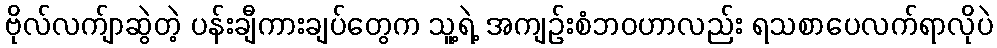
ဗိုလ်လက်ျာဆွဲတဲ့ ပန်းချီကားချပ်တွေက သူ့ရဲ့ အကျဉ်းစံဘဝဟာလည်း ရသစာပေလက်ရာလိုပဲ